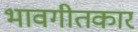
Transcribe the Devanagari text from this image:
भावगीतकार